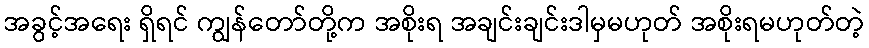
အခွင့်အရေး ရှိရင် ကျွန်တော်တို့က အစိုးရ အချင်းချင်းဒါမှမဟုတ် အစိုးရမဟုတ်တဲ့